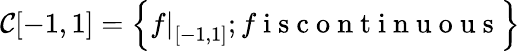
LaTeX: \mathcal{C}[-1,1]=\left\{ \left.f\right|_{[-1,1]};f\mathrm{~i~s~c~o~n~t~i~n~u~o~u~s~}\right\}